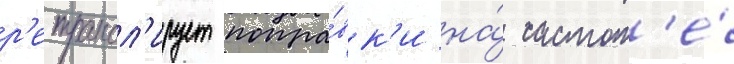
р'етрансл'ирует попра́вк'и на́ частот'е́